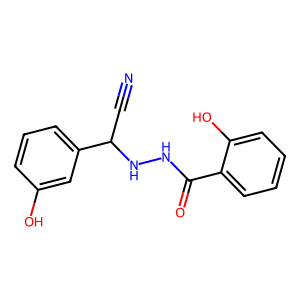
SMILES: N#CC(NNC(=O)c1ccccc1O)c1cccc(O)c1
Inhibits HIV replication: No